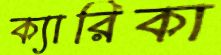
ক্যারিকা